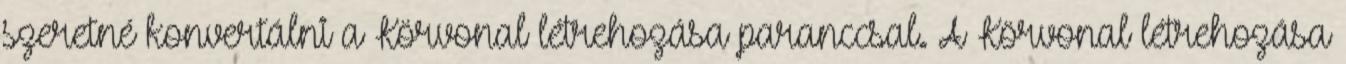
szeretné konvertálni a Körvonal létrehozása paranccsal. A Körvonal létrehozása